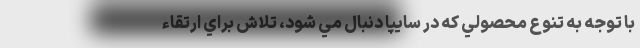
با توجه به تنوع محصولي كه در سايپا دنبال مي شود، تلاش براي ارتقاء